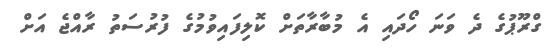
ގްރޫޕުގެ ދެ ވަނަ ހޯދައި އެ މުބާރާތަށް ކޮލިފައިވުމުގެ ފުރުސަތު ރާއްޖެ އަށް